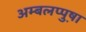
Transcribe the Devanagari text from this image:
अम्बलप्पुष़ा